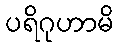
ပရိဂုဟာမိ